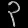
Digit: ၃